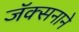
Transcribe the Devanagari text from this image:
जॅक्सनाने